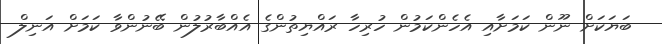
ބަޔަކަށް ނޫން ކަމަށާއި އެހެންކަމުން ހުރިހާ ރައްޔިތުންގެ އެއްބާރުލުން ބޭނުންވާ ކަމަށް އަނިލް